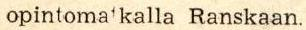
opintoma'kalla Ranskaan.